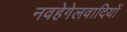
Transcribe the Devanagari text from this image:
नवहेगेलवादियों